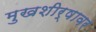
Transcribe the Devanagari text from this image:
मुखशीर्षावर